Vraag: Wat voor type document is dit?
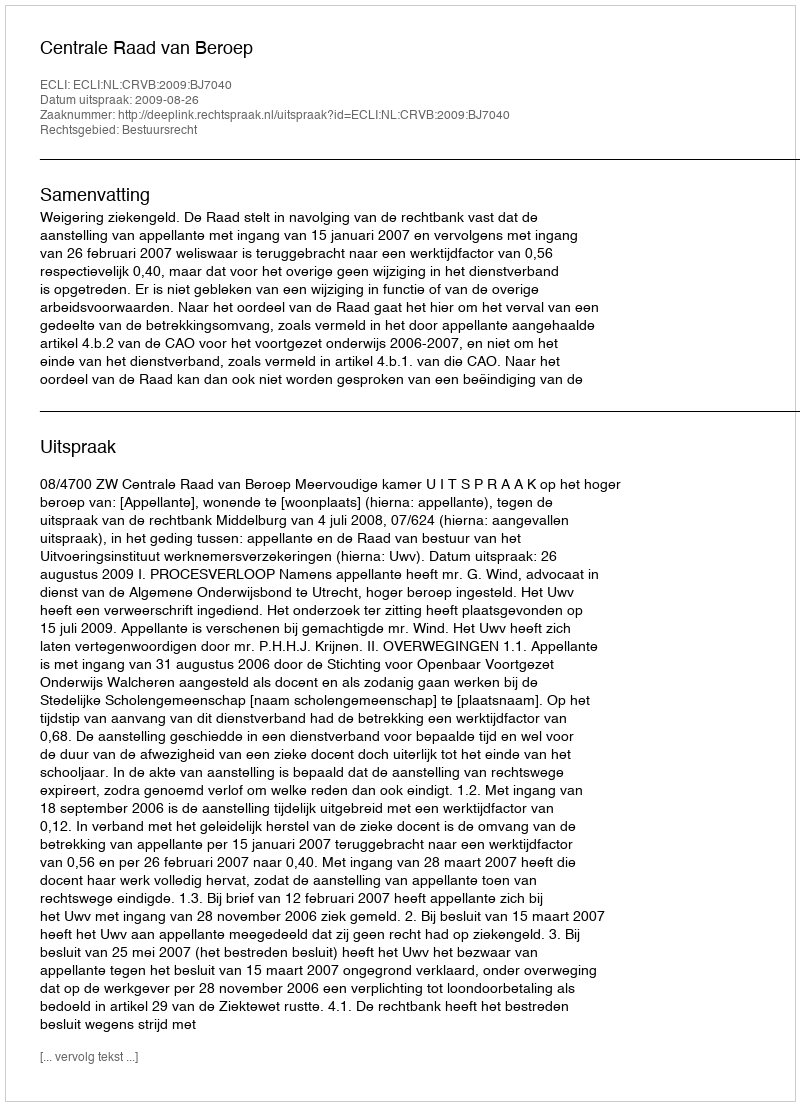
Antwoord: Uitspraak